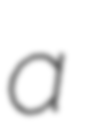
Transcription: a